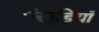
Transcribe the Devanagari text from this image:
पंखुड़ियॉ